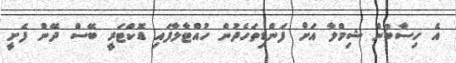
އެ ހިސާބުން ޝިމްލާ އަށް ފަންޑިތަހެދުން ހުއްޓާލާފައި ޑޮކްޓަރީ ބޭސް ދޭން ފެށީ